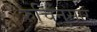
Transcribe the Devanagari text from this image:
रुचिनुसार